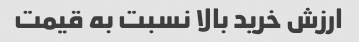
ارزش خرید بالا نسبت به قیمت